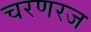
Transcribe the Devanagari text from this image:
चरणरज